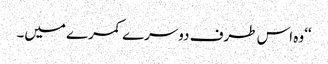
‘‘وہ اس طرف دوسرے کمرے میں۔